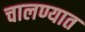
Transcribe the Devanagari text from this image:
चालण्यात